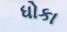
ધોકા